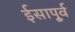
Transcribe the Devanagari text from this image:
ईसापू्र्व